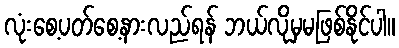
လုံးစေ့ပတ်စေ့နားလည်ရန် ဘယ်လိုမှမဖြစ်နိုင်ပါ။